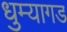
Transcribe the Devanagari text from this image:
धुम्यागड